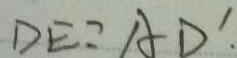
D E = A D ^ { \prime } .